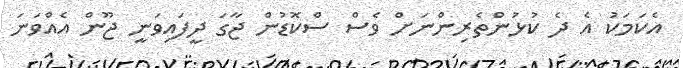
އެކަމަކު އެ ދެ ކުޅުންތެރިންނަށް ވެސް ސްކޮޑުން ޖާގަ ދީފައިވަނީ ޖޫން އެއްވަނަ